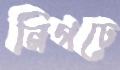
নিগঢ়ে